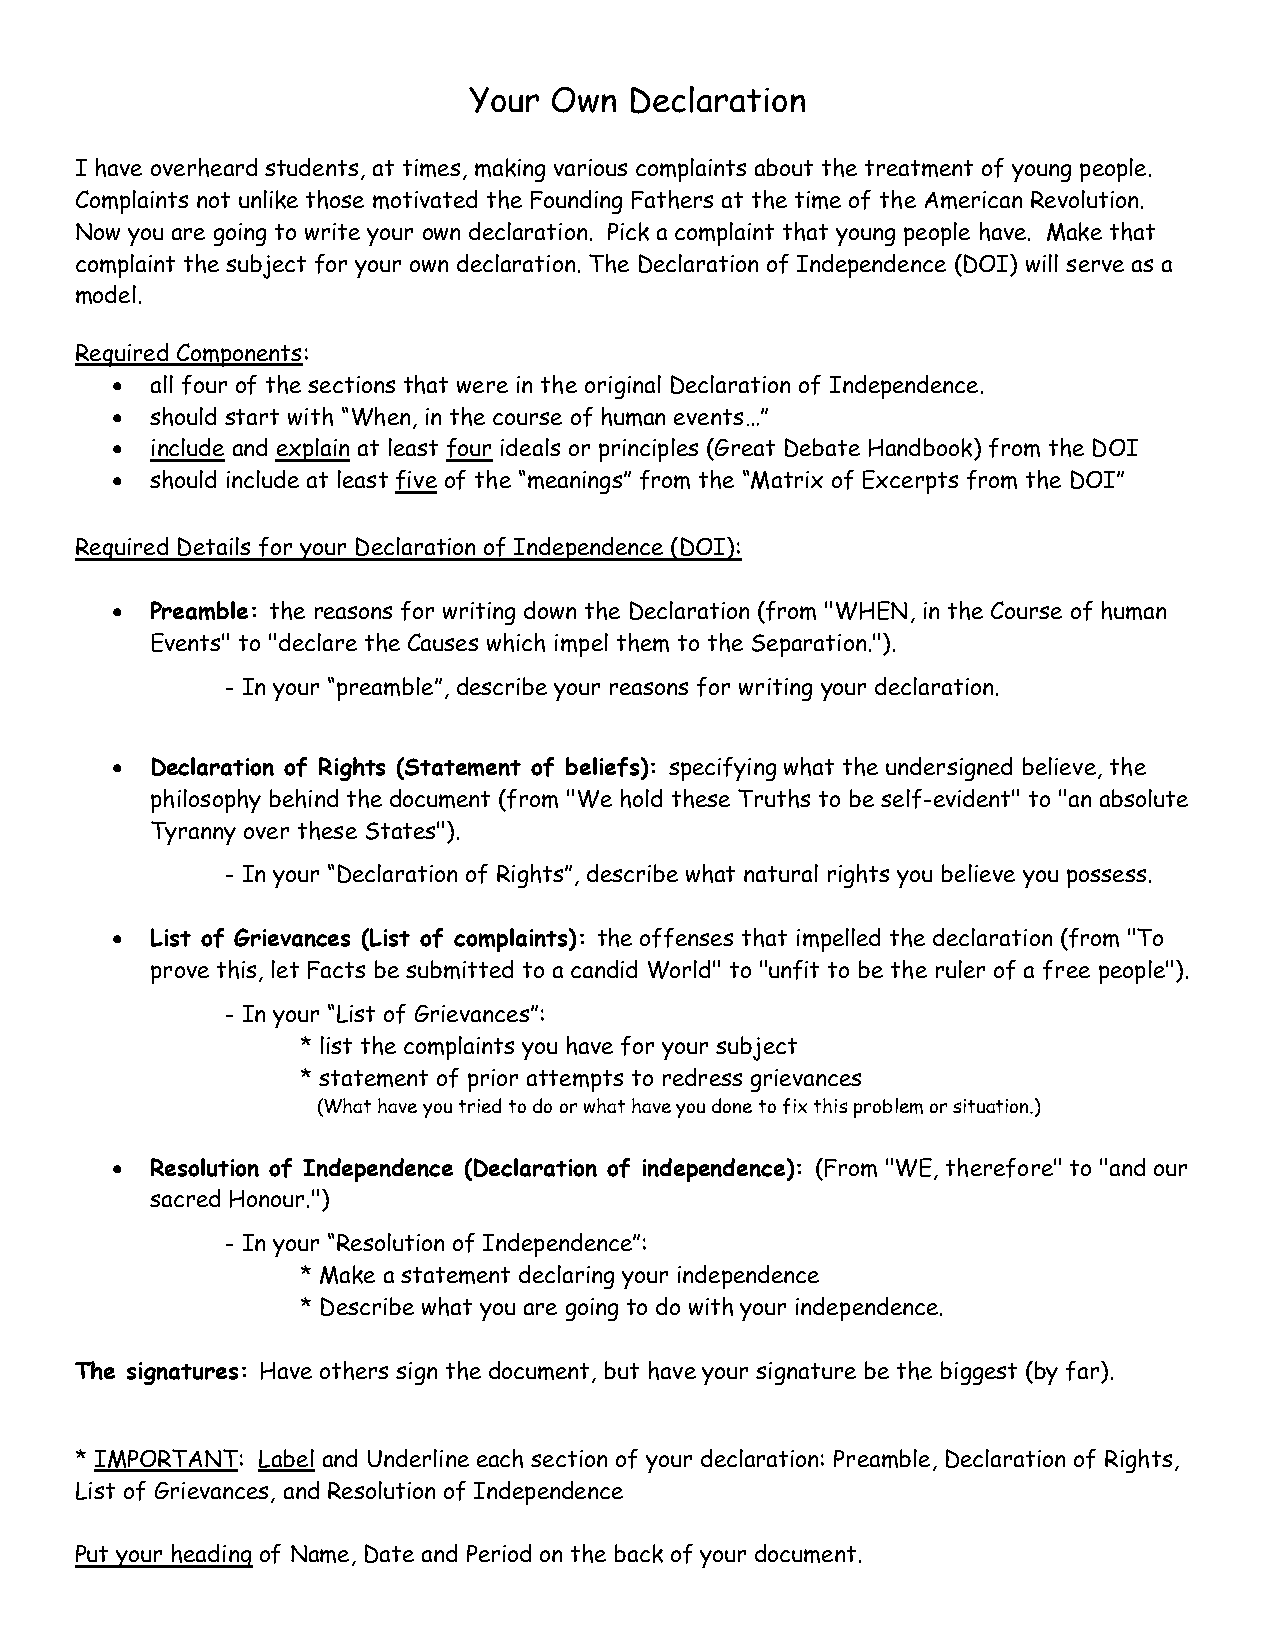
Your Own   Declaration
 I have overheard students, at times, making various complaints about the treatment of young people.
 Complaints not unlike those motivated the Founding Fathers at the time of the American Revolution.
 Now you are going to write your own declaration. Pick a complaint that young people have. Make that
 complaint the subject for your own declaration. The Declaration of Independence (DOI) will serve as a
 model.
 Required Components:
   all four of the sections that were in the original Declaration of Independence.
   should start with “When, in the course of human events…”
   include and explain at least four ideals or principles (Great Debate Handbook) from the DOI
   should include at least five of the “meanings” from the “Matrix of Excerpts from the DOI”
 Required Details for your Declaration of Independence (DOI):
   Preamble: the reasons for writing down the Declaration (from "WHEN, in the Course of human
 Events" to "declare the Causes which impel them to the Separation.").
 - In your “preamble”, describe your reasons for writing your declaration.
   Declaration of Rights (Statement of beliefs): specifying what the undersigned believe, the
 philosophy behind the document (from "We hold these Truths to be self-evident" to "an absolute
 Tyranny over these States").
 - In your “Declaration of Rights”, describe what natural rights you believe you possess.
   List of Grievances (List of complaints): the offenses that impelled the declaration (from "To
 prove this, let Facts be submitted to a candid World" to "unfit to be the ruler of a free people").
 - In your “List of Grievances”:
 * list the complaints you have for your subject
 * statement of prior attempts to redress grievances
 (What have you tried to do or what have you done to fix this problem or situation.)
   Resolution of Independence (Declaration of independence): (From "WE, therefore" to "and our
 sacred Honour.")
 - In your “Resolution of Independence”:
 * Make a statement declaring your independence
 * Describe what you are going to do with your independence.
 The signatures: Have others sign the document, but have your signature be the biggest (by far).
 * IMPORTANT: Label and Underline each section of your declaration: Preamble, Declaration of Rights,
 List of Grievances, and Resolution of Independence
 Put your heading of Name, Date and Period on the back of your document.